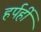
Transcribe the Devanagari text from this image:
हर्पर्ही